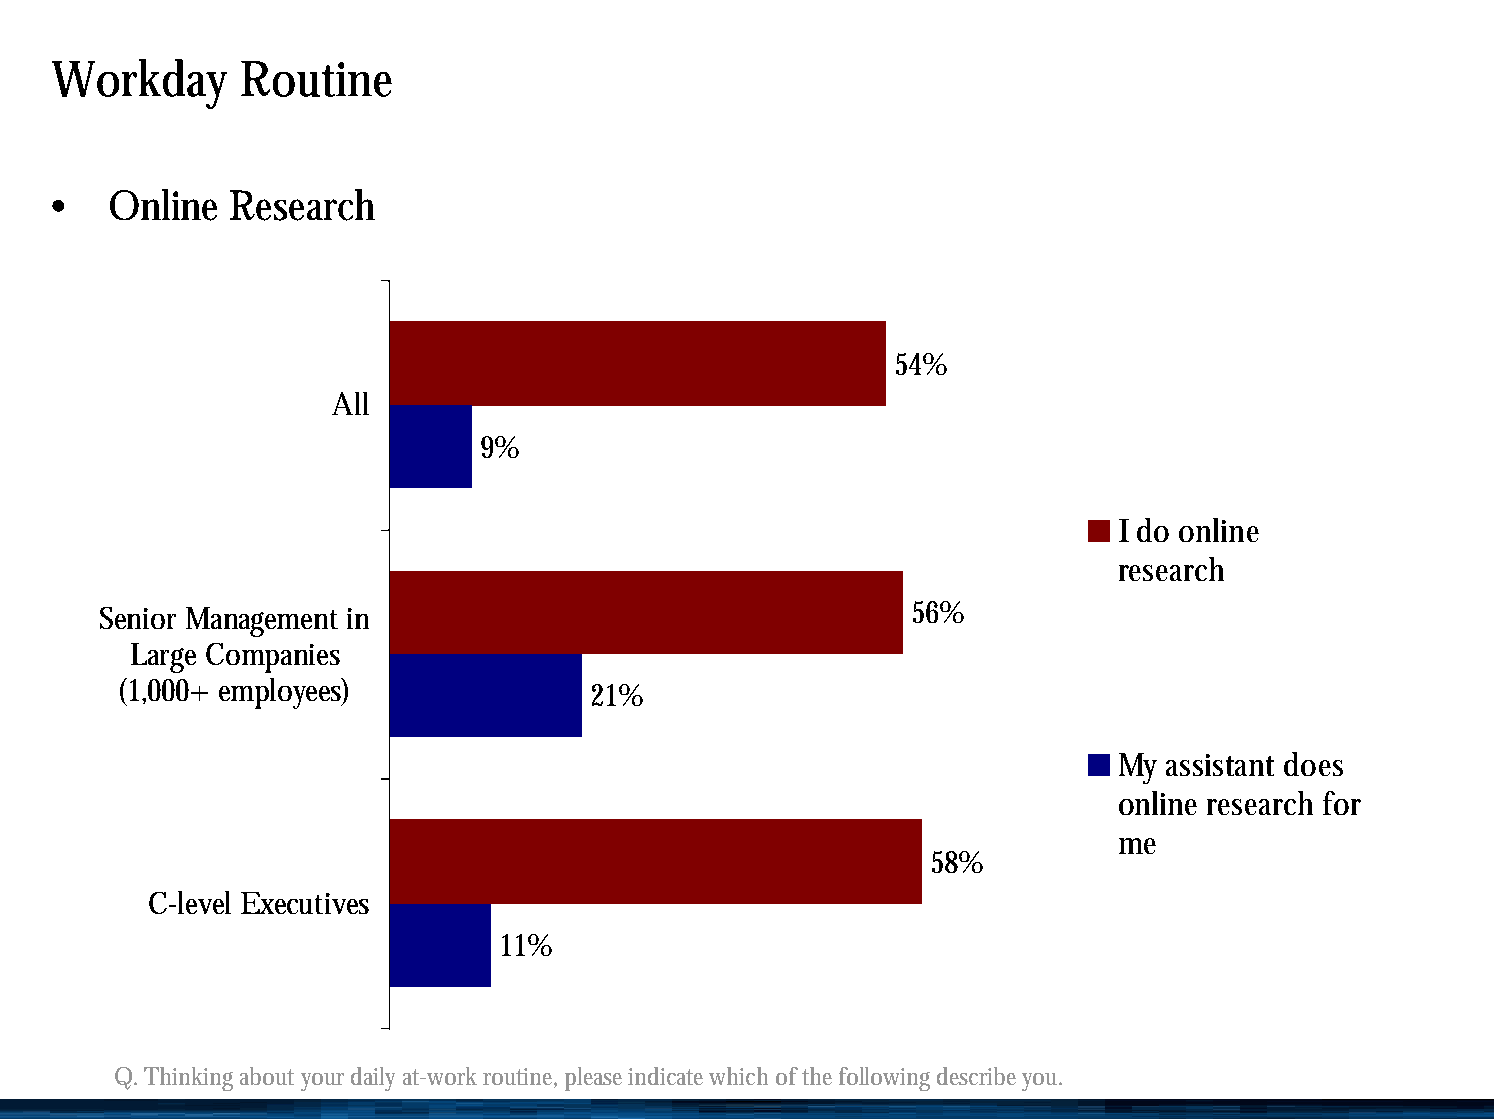
Workday      Routine
 •   Online  Research
 54%
 All
 9%
 I do online
 research
 56%
 Senior Management in
 Large Companies
 (1,000+ employees)             21%
 My assistant does
 online research for
 me
 58%
 C-level Executives
 11%
 Q. Thinking about your daily at-work routine, please indicate which of the following describe you.